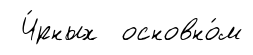
Ч́рных основно́м